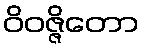
ဝိဝဇ္ဇိတော